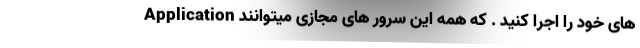
Application های خود را اجرا کنید . که همه این سرور های مجازی میتوانند